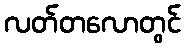
လတ်တလောတွင်